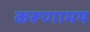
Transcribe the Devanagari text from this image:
करूणामय